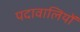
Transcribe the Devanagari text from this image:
पदावालियों